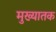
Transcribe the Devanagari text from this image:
मुख्यातक